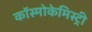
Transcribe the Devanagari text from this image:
कॉस्मोकेमिस्ट्री